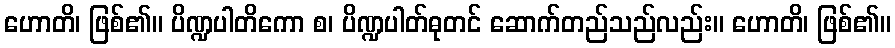
ဟောတိ၊ ဖြစ်၏။ ပိဏ္ဍပါတိကော စ၊ ပိဏ္ဍပါတ်ဓုတင် ဆောက်တည်သည်လည်း။ ဟောတိ၊ ဖြစ်၏။